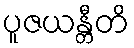
ပူဇယန္တီတိ